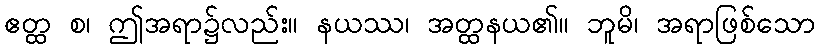
ဧတ္ထ စ၊ ဤအရာ၌လည်း။ နယဿ၊ အတ္ထနယ၏။ ဘူမိ၊ အရာဖြစ်သော